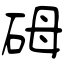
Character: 砪